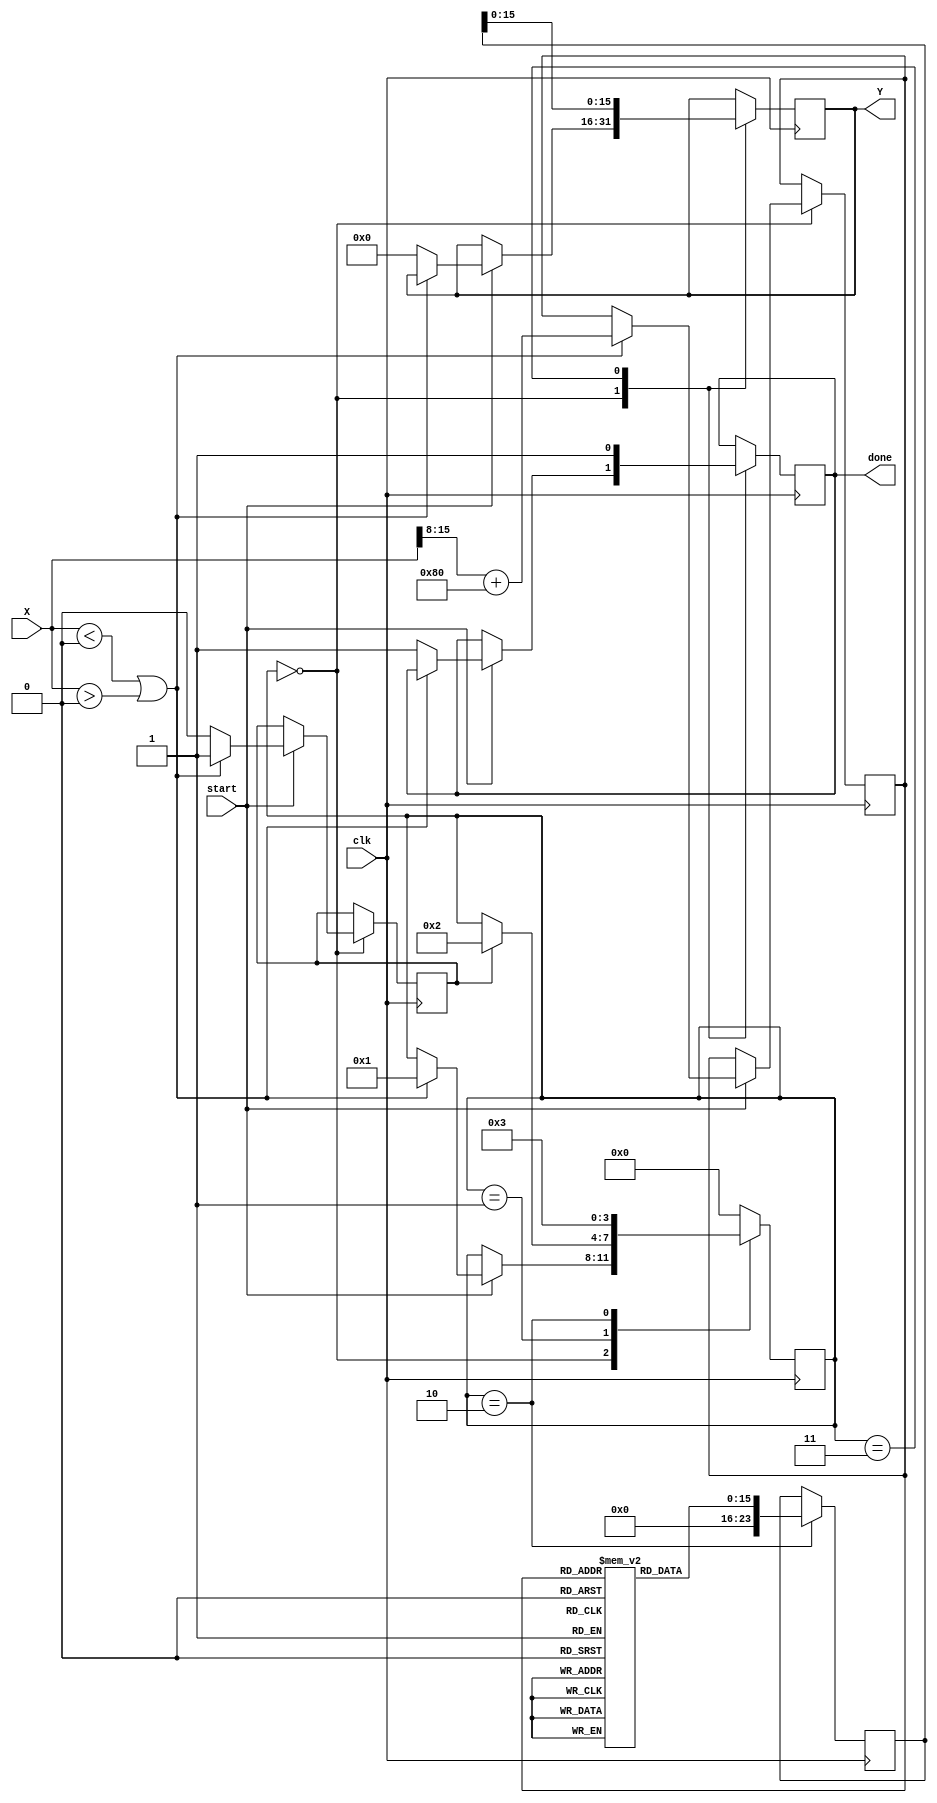
module atan_block (
    input wire signed [15:0] X,      // Input: signed fixed point (16 bits)
    input wire clk,                   // Clock signal
    input wire start,                 // Start signal for computation
    output reg signed [15:0] Y,       // Output: signed fixed point angle (16 bits)
    output reg done                   // Done signal for computation
);

    reg [15:0] lookup_table [0:255];  // Lookup table for atan values
    reg [7:0] index;                  // Index for lookup table
    reg [23:0] angle;                 // Intermediate angle storage
    reg valid_input;                  // Flag for valid input checks
    reg [3:0] state;                  // FSM state register

    // State definition
    localparam IDLE = 4'b0000;
    localparam NORMALIZE = 4'b0001;
    localparam COMPUTE = 4'b0010;
    localparam OUTPUT = 4'b0011;

    // Lookup table initialization for atan values
    initial begin
        // Fill with precomputed atan values (scaled by a factor, e.g., 16384 for 16-bit fixed point)
        // Example values for atan from -1 to 1 in fixed-point format
        lookup_table[0] = 16'h0000;  // atan(0) = 0
        lookup_table[64] = 16'h3E21;  // atan(0.5) = 0.4636... (scale appropriately)
        lookup_table[128] = 16'h3F6A; // atan(1) = 0.7854... (scale appropriately)
        lookup_table[192] = 16'h40C9; // atan(1.5) = 0.9827... (scale appropriately)
        lookup_table[255] = 16'h4000; // atan(1) = 0.7854... (scaled to fixed-point)
        // ... fill out the rest of the table ...
    end

    // FSM for controlling the computation
    always @(posedge clk) begin
        case (state)
            IDLE: begin
                if (start) begin
                    // Check input range and set index
                    if (X < -16'h0000 || X > 16'h0000) begin
                        valid_input <= 1'b1;
                        index <= X[15:8] + 128; // Adjust index based on input
                        state <= NORMALIZE;
                    end else begin
                        valid_input <= 1'b0; // Invalid input
                        Y <= 0;
                        done <= 1;
                    end
                end
            end

            NORMALIZE: begin
                if (valid_input) begin
                    // Normalization logic if needed
                    state <= COMPUTE;
                end
            end

            COMPUTE: begin
                // Lookup the angle from the table
                angle <= lookup_table[index];
                state <= OUTPUT;
            end

            OUTPUT: begin
                // Output the computed angle
                Y <= angle;
                done <= 1;
                state <= IDLE;
            end

            default: state <= IDLE;
        endcase
    end
    
endmodule